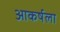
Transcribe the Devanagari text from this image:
आकर्षला